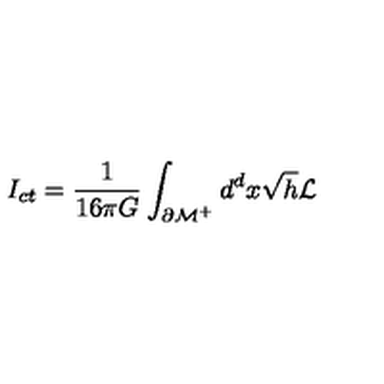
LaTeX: I _ { c t } = \frac { 1 } { 1 6 \pi G } \int _ { { \cal \partial M } ^ { + } } d ^ { d } x \sqrt { h } { \cal L }